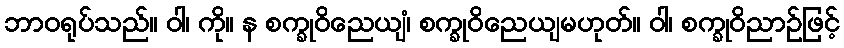
ဘာဝရုပ်သည်။ ဝါ၊ ကို။ န စက္ခုဝိညေယျံ၊ စက္ခုဝိညေယျမဟုတ်။ ဝါ၊ စက္ခုဝိညာဉ်ဖြင့်